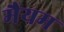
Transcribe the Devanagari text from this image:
मैयम